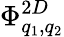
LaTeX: \Phi_{q_{1},q_{2}}^{2D}